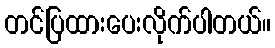
တင်ပြထားပေးလိုက်ပါတယ်။